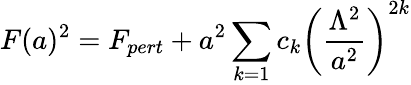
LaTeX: F(a)^{2}=F_{pert}+a^{2}\sum_{k=1}c_{k}\left(\frac{\Lambda^{2}}{a^{2}}\right)^{2k}